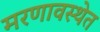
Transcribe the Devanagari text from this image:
मरणावस्थेत